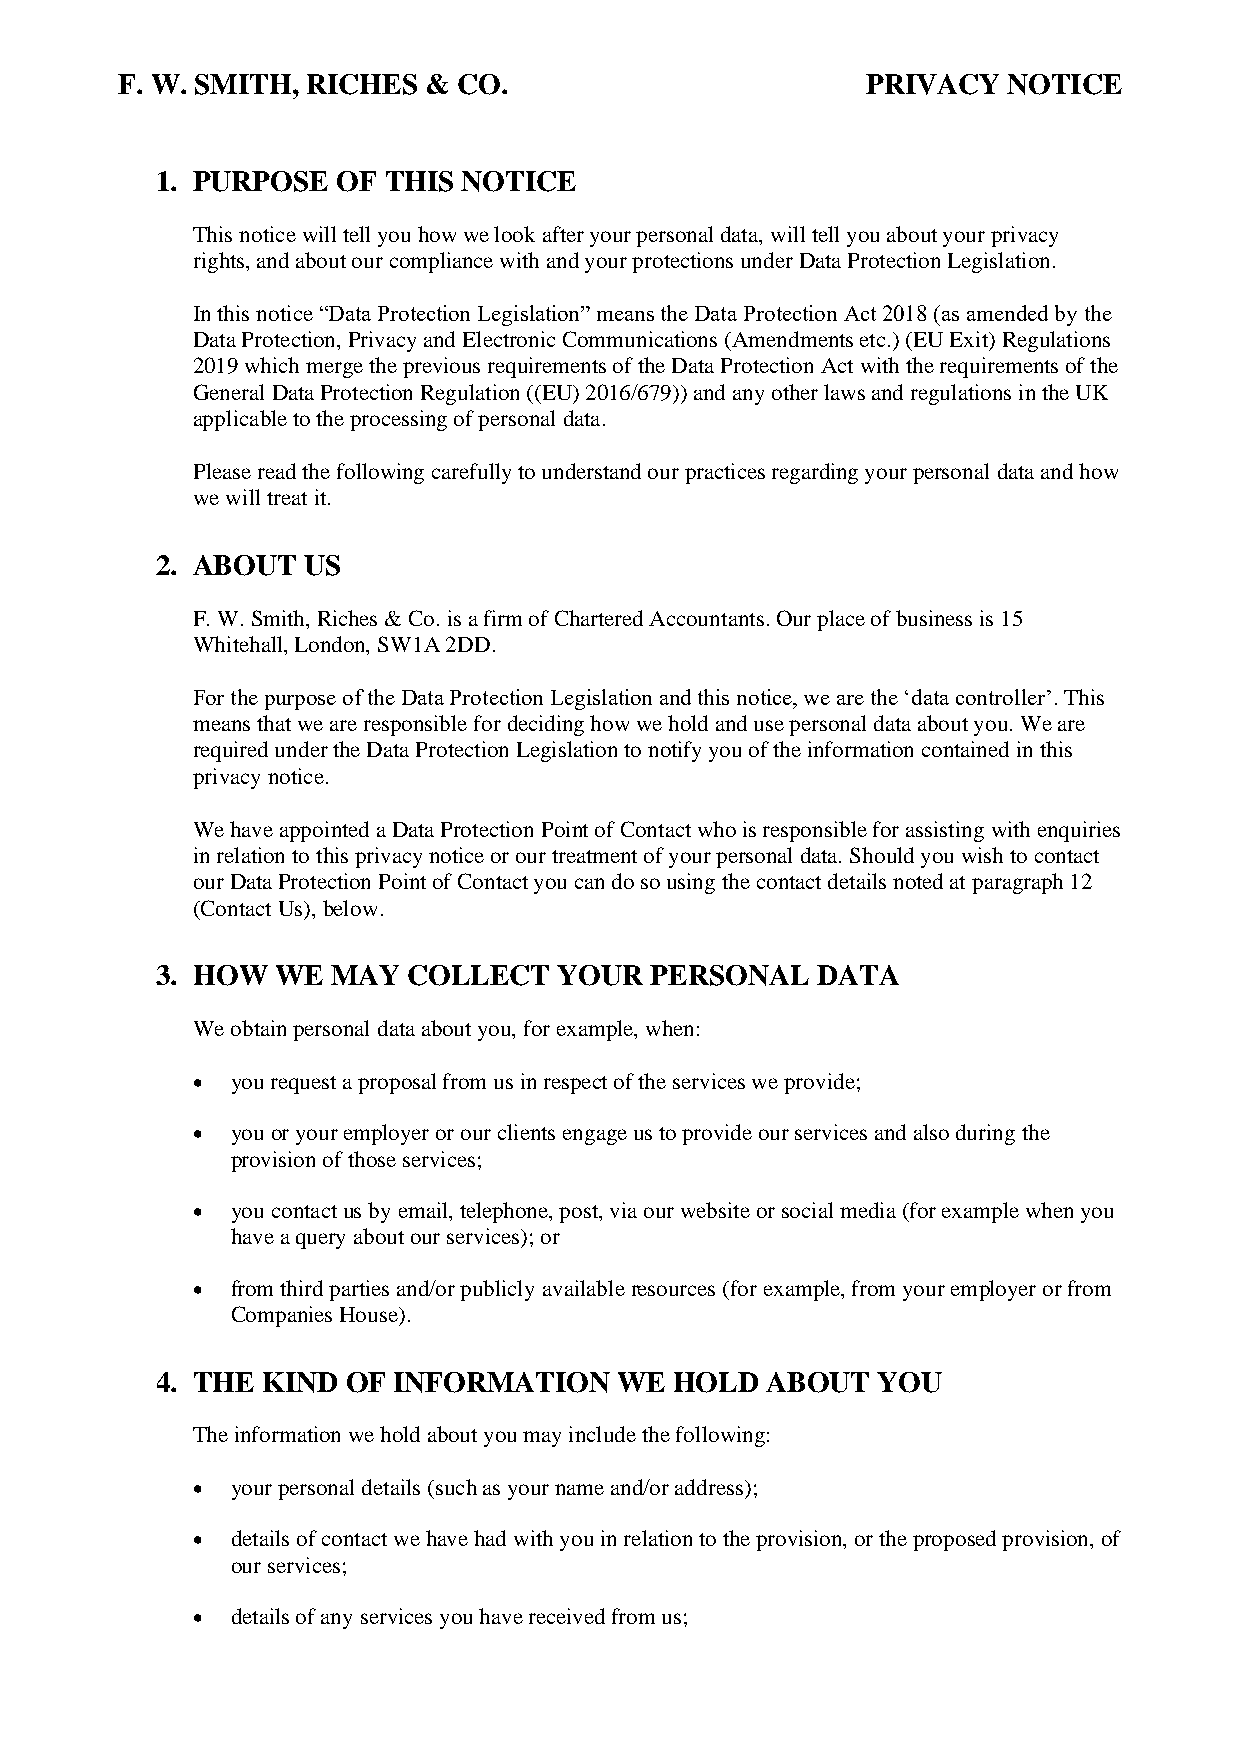
F. W. SMITH, RICHES & CO.                        PRIVACY   NOTICE
 1. PURPOSE  OF THIS  NOTICE
 This notice will tell you how we look after your personal data, will tell you about your privacy
 rights, and about our compliance with and your protections under Data Protection Legislation.
 In this notice “Data Protection Legislation” means the Data Protection Act 2018 (as amended by the
 Data Protection, Privacy and Electronic Communications (Amendments etc.) (EU Exit) Regulations
 2019 which merge the previous requirements of the Data Protection Act with the requirements of the
 General Data Protection Regulation ((EU) 2016/679)) and any other laws and regulations in the UK
 applicable to the processing of personal data.
 Please read the following carefully to understand our practices regarding your personal data and how
 we will treat it.
 2. ABOUT  US
 F. W. Smith, Riches & Co. is a firm of Chartered Accountants. Our place of business is 15
 Whitehall, London, SW1A 2DD.
 For the purpose of the Data Protection Legislation and this notice, we are the ‘data controller’. This
 means that we are responsible for deciding how we hold and use personal data about you. We are
 required under the Data Protection Legislation to notify you of the information contained in this
 privacy notice.
 We have appointed a Data Protection Point of Contact who is responsible for assisting with enquiries
 in relation to this privacy notice or our treatment of your personal data. Should you wish to contact
 our Data Protection Point of Contact you can do so using the contact details noted at paragraph 12
 (Contact Us), below.
 3. HOW  WE  MAY  COLLECT   YOUR  PERSONAL   DATA
 We obtain personal data about you, for example, when:
 • you request a proposal from us in respect of the services we provide;
 • you or your employer or our clients engage us to provide our services and also during the
 provision of those services;
 • you contact us by email, telephone, post, via our website or social media (for example when you
 have a query about our services); or
 • from third parties and/or publicly available resources (for example, from your employer or from
 Companies House).
 4. THE KIND  OF INFORMATION    WE  HOLD  ABOUT  YOU
 The information we hold about you may include the following:
 • your personal details (such as your name and/or address);
 • details of contact we have had with you in relation to the provision, or the proposed provision, of
 our services;
 • details of any services you have received from us;